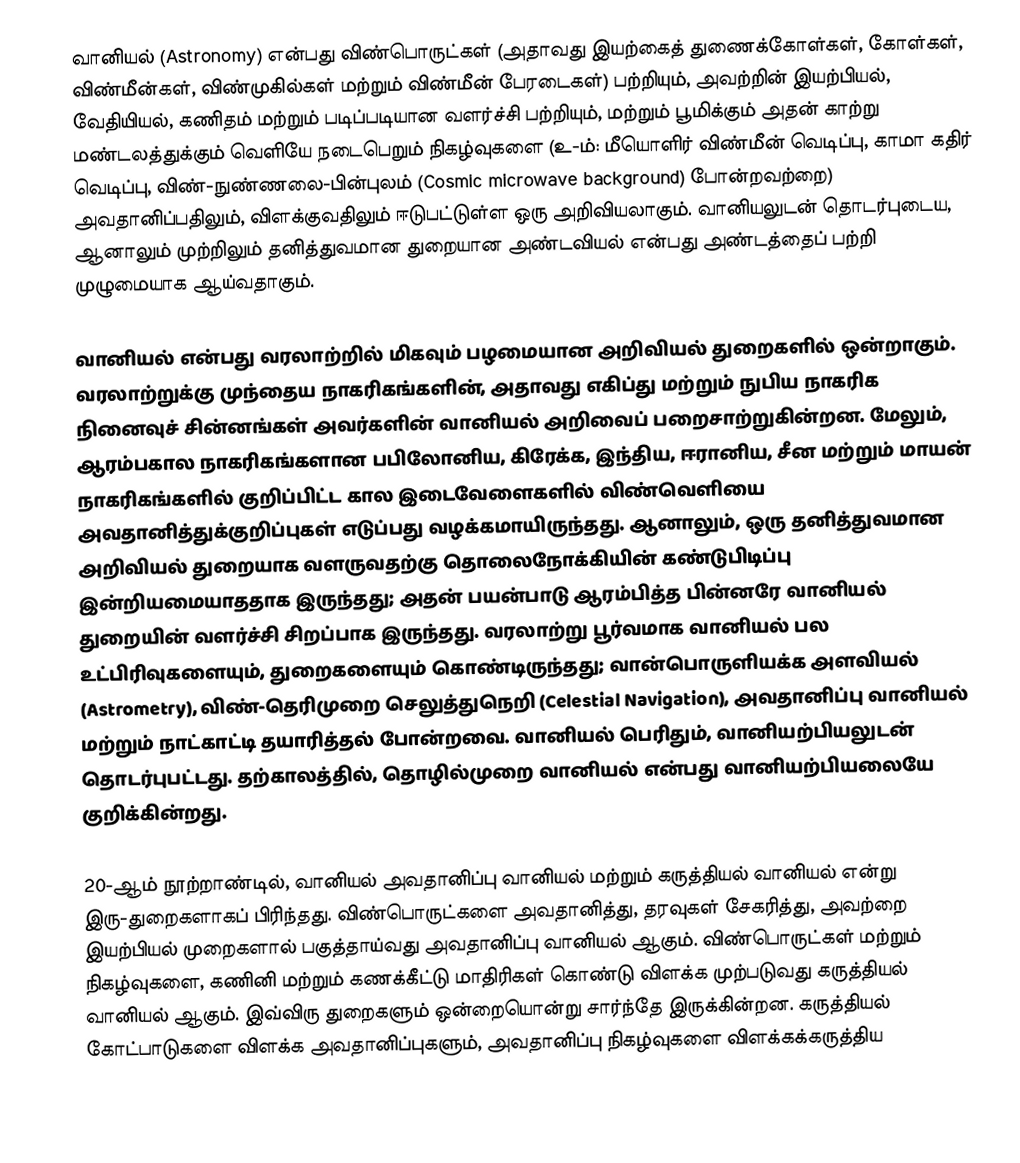
வானியல் (Astronomy) என்பது விண்பொருட்கள் (அதாவது இயற்கைத் துணைக்கோள்கள், கோள்கள், விண்மீன்கள், விண்முகில்கள் மற்றும் விண்மீன் பேரடைகள்) பற்றியும், அவற்றின் இயற்பியல், வேதியியல், கணிதம் மற்றும் படிப்படியான வளர்ச்சி பற்றியும், மற்றும் பூமிக்கும் அதன் காற்று மண்டலத்துக்கும் வெளியே நடைபெறும் நிகழ்வுகளை (உ-ம்: மீயொளிர் விண்மீன் வெடிப்பு, காமா கதிர் வெடிப்பு, விண்-நுண்ணலை-பின்புலம் (Cosmic microwave background) போன்றவற்றை) அவதானிப்பதிலும், விளக்குவதிலும் ஈடுபட்டுள்ள ஒரு அறிவியலாகும். வானியலுடன் தொடர்புடைய, ஆனாலும் முற்றிலும் தனித்துவமான துறையான அண்டவியல் என்பது அண்டத்தைப் பற்றி முழுமையாக ஆய்வதாகும்.

வானியல் என்பது வரலாற்றில் மிகவும் பழமையான அறிவியல் துறைகளில் ஒன்றாகும். வரலாற்றுக்கு முந்தைய நாகரிகங்களின், அதாவது எகிப்து மற்றும் நுபிய நாகரிக நினைவுச் சின்னங்கள் அவர்களின் வானியல் அறிவைப் பறைசாற்றுகின்றன.  மேலும், ஆரம்பகால நாகரிகங்களான பபிலோனிய, கிரேக்க, இந்திய, ஈரானிய, சீன மற்றும் மாயன் நாகரிகங்களில் குறிப்பிட்ட கால இடைவேளைகளில் விண்வெளியை அவதானித்துக்குறிப்புகள் எடுப்பது வழக்கமாயிருந்தது.  ஆனாலும், ஒரு தனித்துவமான அறிவியல் துறையாக வளருவதற்கு தொலைநோக்கியின் கண்டுபிடிப்பு இன்றியமையாததாக இருந்தது; அதன் பயன்பாடு ஆரம்பித்த பின்னரே வானியல் துறையின் வளர்ச்சி சிறப்பாக இருந்தது. வரலாற்று பூர்வமாக வானியல் பல உட்பிரிவுகளையும், துறைகளையும் கொண்டிருந்தது; வான்பொருளியக்க அளவியல் (Astrometry), விண்-தெரிமுறை செலுத்துநெறி (Celestial Navigation), அவதானிப்பு வானியல் மற்றும் நாட்காட்டி தயாரித்தல் போன்றவை. வானியல் பெரிதும், வானியற்பியலுடன் தொடர்புபட்டது.  தற்காலத்தில், தொழில்முறை வானியல் என்பது வானியற்பியலையே குறிக்கின்றது.

20-ஆம் நூற்றாண்டில், வானியல் அவதானிப்பு வானியல் மற்றும் கருத்தியல் வானியல் என்று இரு-துறைகளாகப் பிரிந்தது.  விண்பொருட்களை அவதானித்து, தரவுகள் சேகரித்து, அவற்றை இயற்பியல் முறைகளால் பகுத்தாய்வது அவதானிப்பு வானியல் ஆகும். விண்பொருட்கள் மற்றும் நிகழ்வுகளை, கணினி மற்றும் கணக்கீட்டு மாதிரிகள் கொண்டு விளக்க முற்படுவது கருத்தியல் வானியல் ஆகும். இவ்விரு துறைகளும் ஒன்றையொன்று சார்ந்தே இருக்கின்றன. கருத்தியல் கோட்பாடுகளை விளக்க அவதானிப்புகளும், அவதானிப்பு நிகழ்வுகளை விளக்கக்கருத்திய